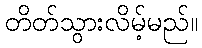
တိတ်သွားလိမ့်မည်။